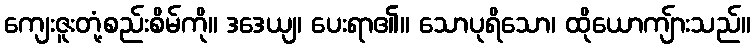
ကျေးဇူးတုံ့စည်းစိမ်ကို။ ဒဒေယျ၊ ပေးရာ၏။ သောပုရိသော၊ ထိုယောကျ်ားသည်။